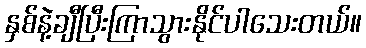
နှစ်နဲ့ချီပြီးကြာသွားနိုင်ပါသေးတယ်။